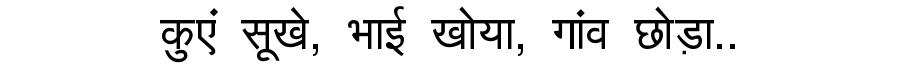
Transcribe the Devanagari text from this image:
कुएं सूखे, भाई खोया, गांव छोड़ा..